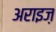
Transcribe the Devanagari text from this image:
अराइज़